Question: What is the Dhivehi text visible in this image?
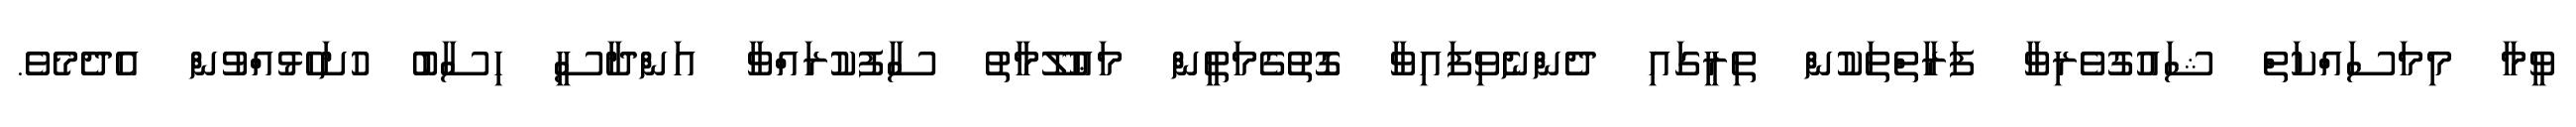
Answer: ވީމާ މިމަސައްކަތް ޝައުގުވެރިވާ ފަރާތްތަކުން ތިރީގައި ދެންނެވިފައިވާ ގޮތުގެމަތީން މަޢުލޫމާތު ސާފުކުރައްވާ އަންދާސީ ހިސާބު ހުށަހެޅުއްވުން އެދެމެވެ.